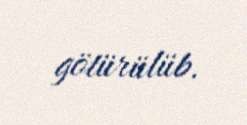
götürülüb.